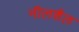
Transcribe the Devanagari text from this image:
नीलशैल